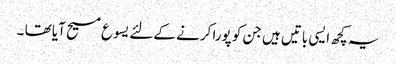
یہ کچھ ایسی باتیں ہیں جن کو پورا کرنے کےلئے یسوع مسیح آیا تھا ۔